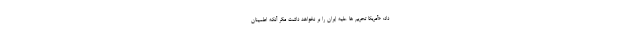
داد: «آمریکا تحریم ها علیه ایران را بر نخواهد داشت مگر آنکه اطمینان